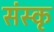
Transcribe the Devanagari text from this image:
संस्कृ